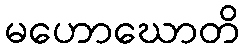
မဟောဃောတိ